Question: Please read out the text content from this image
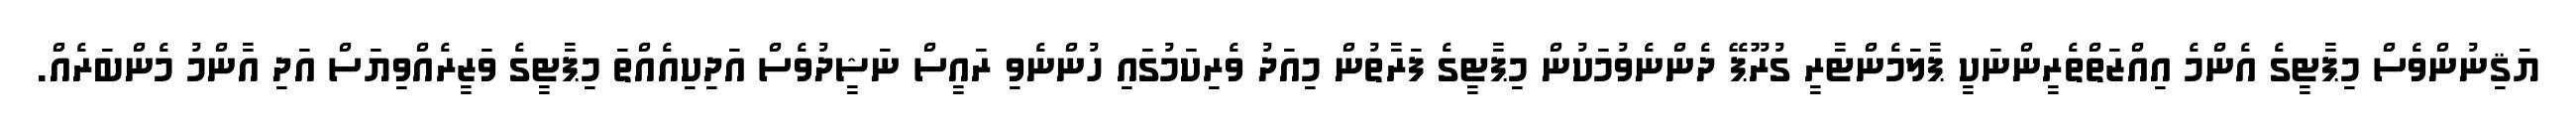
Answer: ޔަޤިނުންވެސް މިޕާޓީގެ އެންމެ އިއްޒަތްތެރީންނަކީ ޕާލަމެންޓާރީ ގުރޫޕޭ ދެންނެވުމަކުން މިޕާޓީގެ ފަރާތުން މިއަދު ވެރިކަމުގައި ހުންނެވި ރައީސް ނަޝީދުވެސް އަދިކިއެއްތަ މިޕާޓީގެ ވަޒީރެއްވިޔަސް އަދި އާންމު މެންބަރެއް.